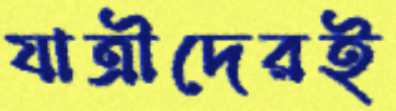
যাত্রীদেরই